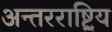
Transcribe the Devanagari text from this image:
अन्तरराष्ट्रिय